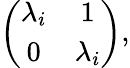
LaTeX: \left(\begin{array}{cc}{{\lambda_{i}}}&{{1}}\\ {{0}}&{{\lambda_{i}}}\end{array}\right),